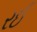
રઈ